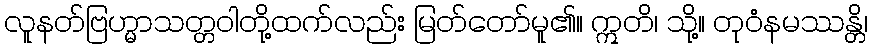
လူနတ်ဗြဟ္မာသတ္တဝါတို့ထက်လည်း မြတ်တော်မူ၏။ ဣတိ၊ သို့။ တုဝံနမဿန္တိ၊